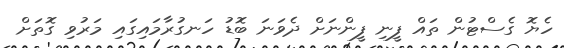
ހެޔޮ ގެސްޓުން ތައް ފީނި ފީންނަށް ދެވަނަ ބޮޑު ހަނގުރާމައިގައި މަރުވި ގޮތަށް